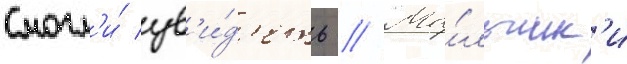
смогл'и́ ув'и́д'еть // Ма́льчик'и